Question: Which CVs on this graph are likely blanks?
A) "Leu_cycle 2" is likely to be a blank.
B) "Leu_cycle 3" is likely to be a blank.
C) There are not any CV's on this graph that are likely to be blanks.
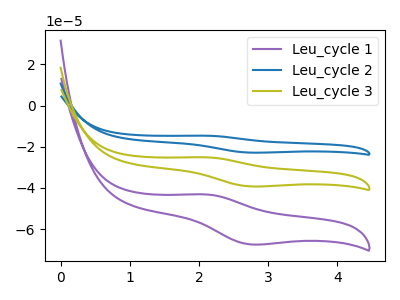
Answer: <think>The purple curve "Leu_cycle 1" has an anodic peak at (2.10V, -43.20uA) and a cathodic peak at (2.75V, -67.45uA). The blue curve "Leu_cycle 2" has an anodic peak at (2.10V, -50.30uA) and a cathodic peak at (2.75V, -78.55uA). The olive curve "Leu_cycle 3" has an anodic peak at (2.10V, -25.15uA) and a cathodic peak at (2.75V, -39.30uA).</think>
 <answer>C) There are not any CV's on this graph that are likely to be blanks.</answer>
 <eval>C</eval>